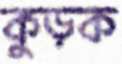
কুড়ক